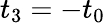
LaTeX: t_{3}=-t_{0}